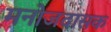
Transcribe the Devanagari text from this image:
मनोजदासक